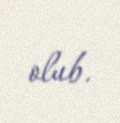
olub.